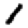
Digit: 1